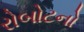
રોબોટનો